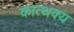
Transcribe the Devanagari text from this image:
कात्थक्य